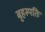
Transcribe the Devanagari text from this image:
बृहस्पतिः